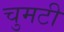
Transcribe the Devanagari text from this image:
चुमटी